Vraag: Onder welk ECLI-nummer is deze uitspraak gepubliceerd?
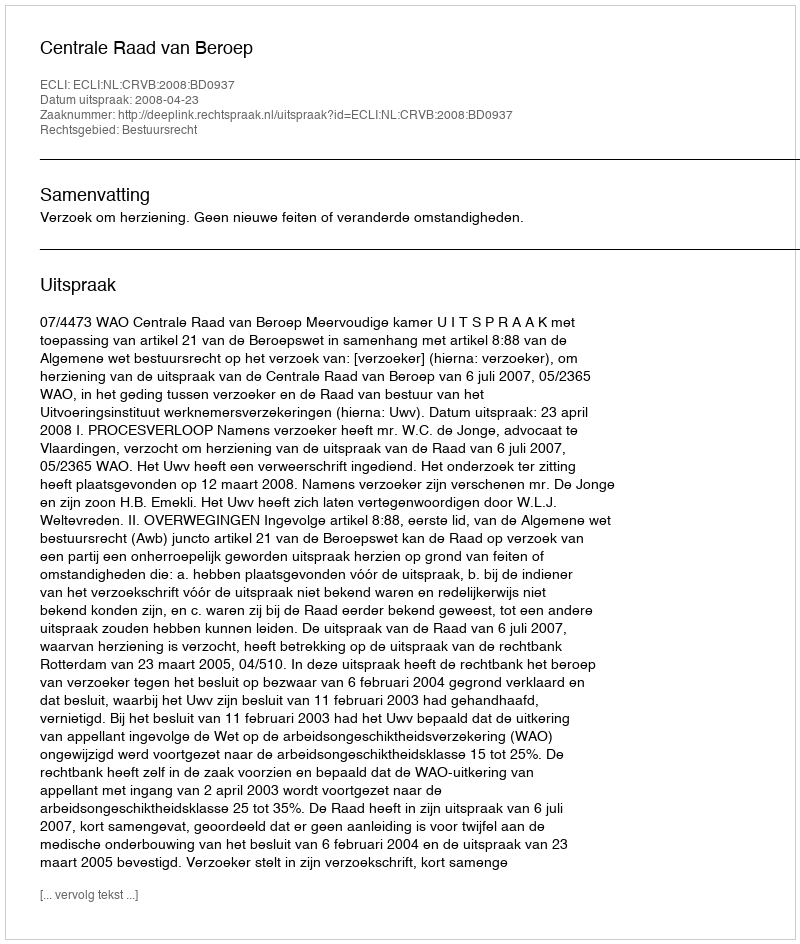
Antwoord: ECLI:NL:CRVB:2008:BD0937